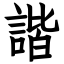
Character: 諧